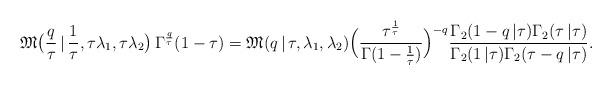
LaTeX: \begin{align*}\mathfrak{M}\bigl(\frac{q}{\tau}\,|\,\frac{1}{\tau},\tau\lambda_1,\tau\lambda_2\bigr) \,\Gamma^{\frac{q}{\tau}}(1-\tau) = \mathfrak{M}(q\,|\,\tau,\lambda_1,\lambda_2)\Bigl(\frac{\tau^{\frac{1}{\tau}}}{\Gamma(1-\frac{1}{\tau})}\Bigr)^{-q} \frac{\Gamma_2(1-q\,|\tau)\Gamma_2(\tau\,|\tau)}{\Gamma_2(1\,|\tau)\Gamma_2(\tau-q\,|\tau)}.\end{align*}